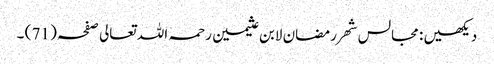
دیکھیں : مجالس شھر رمضان لابن عثیمین رحمہ اللہ تعالی صفحہ ( 71 ) ۔